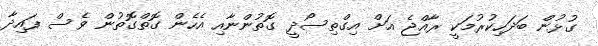
ގުޅުން ބަދަހިކުރުމަކީ ރާއްޖެ އަށް އިގްތިސޯދީ ގޮތުންނާއި އެހެން ގޮތްގޮތުން ވެސް ފައިދާ